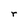
Character: r